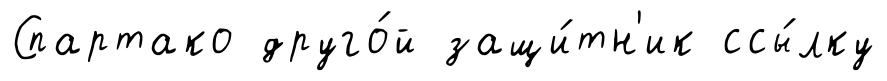
Спартако друго́й защи́тн'ик ссы́лку